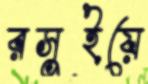
রসুইয়ে